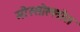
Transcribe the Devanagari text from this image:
मौस्सोल्लोस